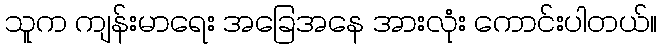
သူက ကျန်းမာရေး အခြေအနေ အားလုံး ကောင်းပါတယ်။